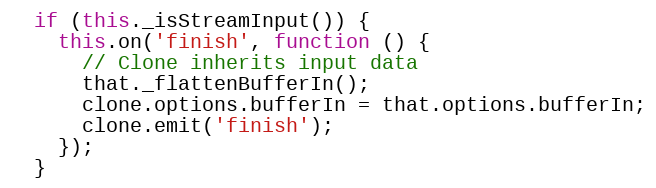
Language: JavaScript
  if (this._isStreamInput()) {
    this.on('finish', function () {
      // Clone inherits input data
      that._flattenBufferIn();
      clone.options.bufferIn = that.options.bufferIn;
      clone.emit('finish');
    });
  }